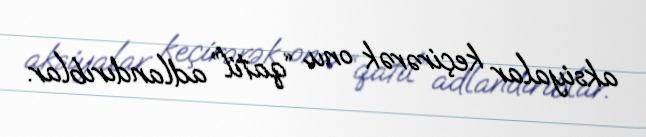
aksiyalar keçirərək onu “qatil” adlandırıblar.